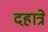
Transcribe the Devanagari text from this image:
दहात्रे